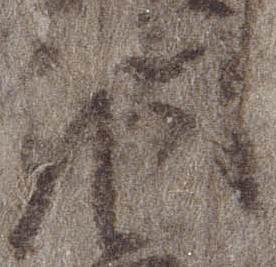
納